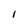
Character: I